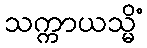
သက္ကာယသ္မိံ